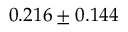
0 . 2 1 6 \pm 0 . 1 4 4